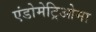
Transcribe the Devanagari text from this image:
एंडोमेट्रिओमा